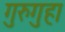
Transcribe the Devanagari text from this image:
गुरुगुहा